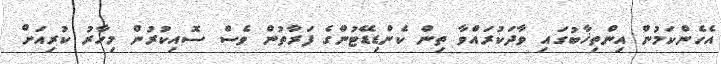
އެހެންކަމުން އިންތިޚާބުގައި ވާދަކުރައްވާ ތިން ކެންޑިޑޭޓުންގެ ފަރާތުން ވެސް ސޮއިކުރުން މިހާރު ކުރިއަށް